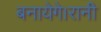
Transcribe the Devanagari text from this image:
बनायेगे।रानी